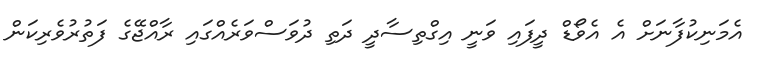
އެމަނިކުފާނަށް އެ އެވޯޑް ދީފައި ވަނީ އިގްތިސާދީ ދަތި ދުވަސްވަރެއްގައި ރާއްޖޭގެ ފަތުރުވެރިކަން